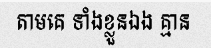
តាមគេ ទាំងខ្លួនឯង គ្មាន